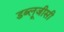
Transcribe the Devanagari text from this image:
डब्लूजीसी